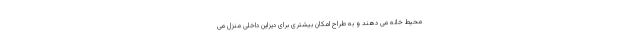
محیط خانه می دهند و به طراح امکان بیشتری برای دیزاین داخلی منزل می